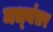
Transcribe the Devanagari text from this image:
मध्‍यंतर